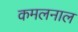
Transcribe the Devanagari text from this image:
कमलनाल